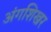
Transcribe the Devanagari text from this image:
अंगशिखर